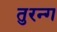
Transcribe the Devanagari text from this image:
तुरन्ग